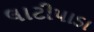
લાટીપાડા